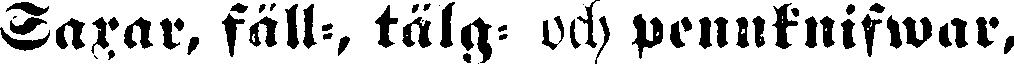
Saxar, fäll-, talg- och pennknifwar,